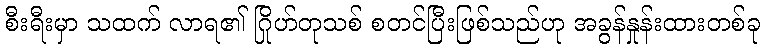
စီးရီးမှာ သထက် လာရ၏ ဂြိုဟ်တုသစ် စတင်ပြီးဖြစ်သည်ဟု အခွန်နှုန်းထားတစ်ခု